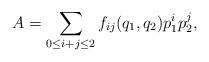
LaTeX: \begin{align*}A=\sum_{0\leq i+j \leq 2}f_{ij}(q_{1},q_{2})p_{1}^{i}p_{2}^{j},\end{align*}